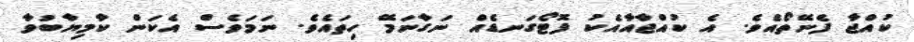
ކުއްޖާ ފެނޭތޯއެވެ. އެ ކުއްޖާއާއެކު ފޮޓޯގަނޑެއް ނަގާނަމޭ ހިތައެވެ. ނަމަވެސް އެކަން ކާމިޔާބުވާ